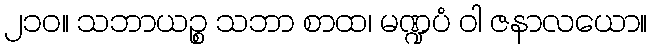
၂၁၀။ သဘာယဉ္စ သဘာ စာထ၊ မဏ္ဍပံ ဝါ ဇနာလယော။